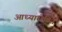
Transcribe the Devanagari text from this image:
आध्यारोपित